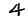
Digit: 4